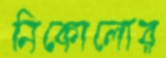
নিকোলোর